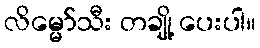
လိမ္မော်သီး တချို့ ပေးပါ။